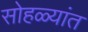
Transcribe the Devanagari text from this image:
सोहळ्यांत